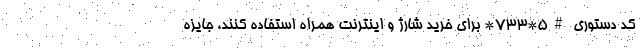
کد دستوری #5*733* برای خرید شارژ و اینترنت همراه استفاده کنند، جایزه